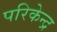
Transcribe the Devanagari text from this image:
परिकेन्द्र